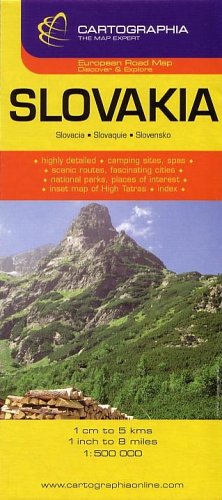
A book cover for Slovakia Road Map (Country Map); Cartographia; Travel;